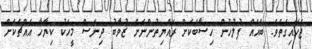
ޖަހައިގަތެވެ. ބައެއް ފުލުހުން ހިސާބަކަށް ރައްޔިތުންނަށް ޒުވާބު ދިނަސް މީހަކު ކިޔާހާ އެއްޗަކަށް